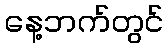
နေ့ဘက်တွင်